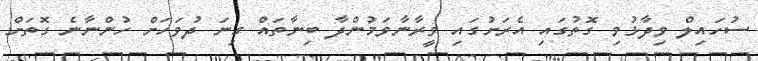
ސުހައިލް ވިދާޅުވި ގޮތުގައި އެރަށުގައި ވީރާނާވަމުންދާ ބިނާތައް ގިނަ ދުވަހަށް ހުންނާނެ ގޮތަށް